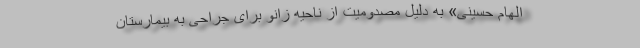
الهام حسینی» به دلیل مصدومیت از ناحیه زانو برای جراحی به بیمارستان